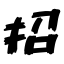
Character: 招